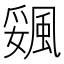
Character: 𩗔